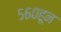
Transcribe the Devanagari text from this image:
५६०हून